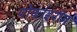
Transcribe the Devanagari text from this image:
पोर्फाइरीन